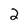
Character: 2